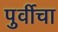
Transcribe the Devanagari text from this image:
पुर्वीचा